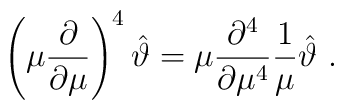
\left( \mu\frac{\partial}{\partial \mu}\right) ^4\hat\vartheta=\mu\frac{\partial^4}{\partial \mu^4}\frac{1}{\mu}\hat\vartheta\ .